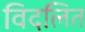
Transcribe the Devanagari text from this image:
विदलित